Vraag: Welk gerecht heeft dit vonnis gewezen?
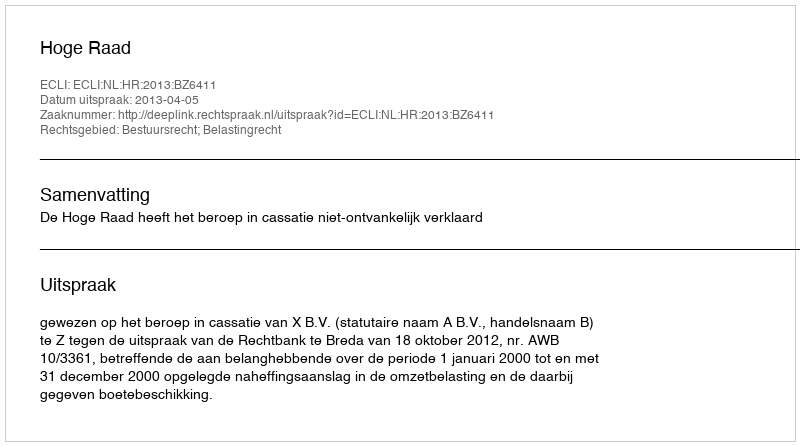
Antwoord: Hoge Raad